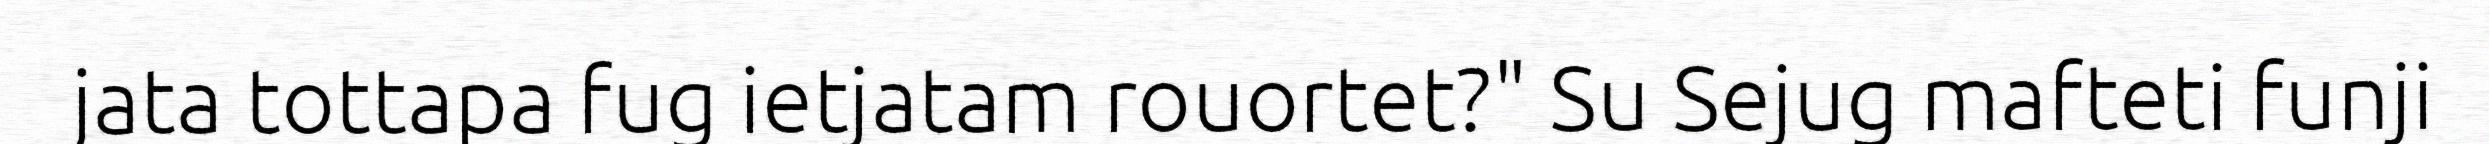
jata tottapa fug ietjatam rouortet?" Su Sejug mafteti funji